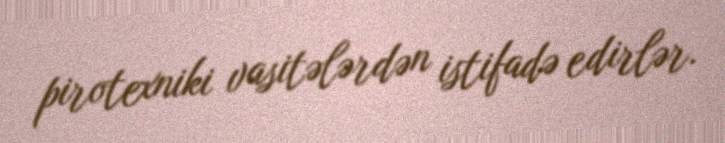
pirotexniki vasitələrdən istifadə edirlər.